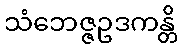
သံဘေဇ္ဇဥဒကန္တိ